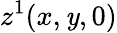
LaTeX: z^{1}(x,\mathit{y},0)